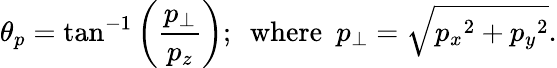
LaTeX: \theta_{p}=\tan^{-1}\left(\frac{p_{\perp}}{p_{z}}\right);\, \, \, {\textrm{where}}\, \, \, p_{\perp}=\sqrt{{p_{x}}^{2}+{p_{y}}^{2}}.